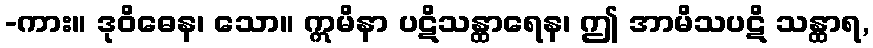
-ကား။ ဒုဝိဓေန၊ သော။ ဣမိနာ ပဋိသန္ထာရေန၊ ဤ အာမိသပဋိ သန္ထာရ,